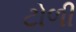
ટોળી